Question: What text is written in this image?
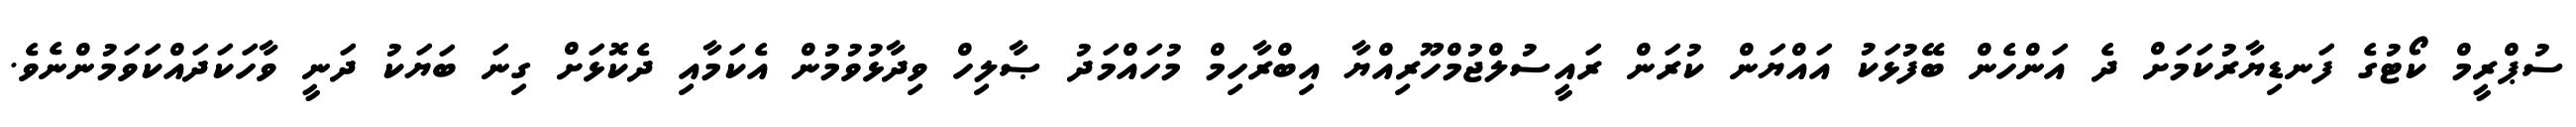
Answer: ސުޕްރީމް ކޯޓުގެ ފަނޑިޔާރުކަމަށް ދެ އަންހެން ބޭފުޅަކު އައްޔަން ކުރަން ރައީސުލްޖުމްހޫރިއްޔާ އިބްރާހިމް މުހައްމަދު ޞާލިހް ވިދާޅުވުމުން އެކަމާއި ދެކޮޅަށް ގިނަ ބަޔަކު ދަނީ ވާހަކަދައްކަވަމުންނެވެ.